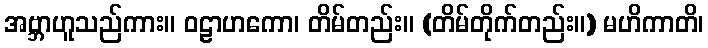
အဗ္ဘာဟူသည်ကား။ ဝဠာဟကော၊ တိမ်တည်း။ (တိမ်တိုက်တည်း။) မဟိကာတိ၊